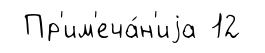
Пр'им'еча́н'иjа 12